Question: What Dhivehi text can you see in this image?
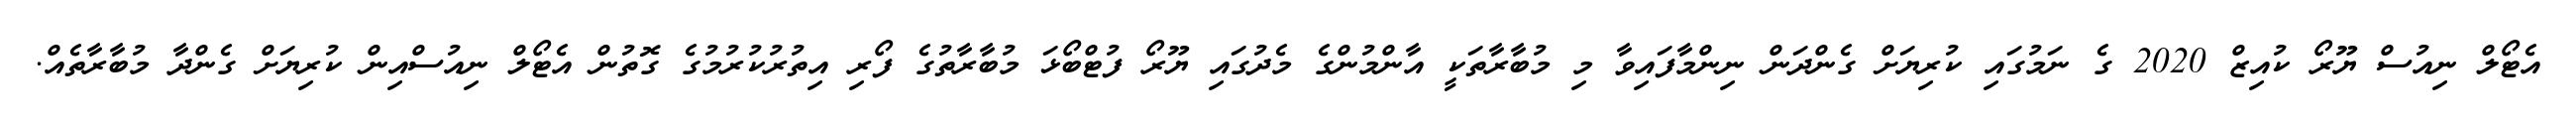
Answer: އެޓޯލް ނިއުސް ޔޫރޯ ކުއިޒް 2020 ގެ ނަމުގައި ކުރިޔަށް ގެންދަން ނިންމާފައިވާ މި މުބާރާތަކީ އާންމުންގެ މެދުގައި ޔޫރޯ ފުޓްބޯޅަ މުބާރާތުގެ ފޯރި އިތުރުކުރުމުގެ ގޮތުން އެޓޯލް ނިއުސްއިން ކުރިޔަށް ގެންދާ މުބާރާތެއް.